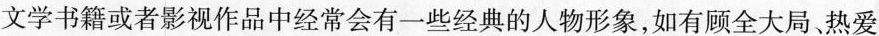
文学书籍或者影视作品中经常会有一些经典的人物形象，如有顾全大局热爱